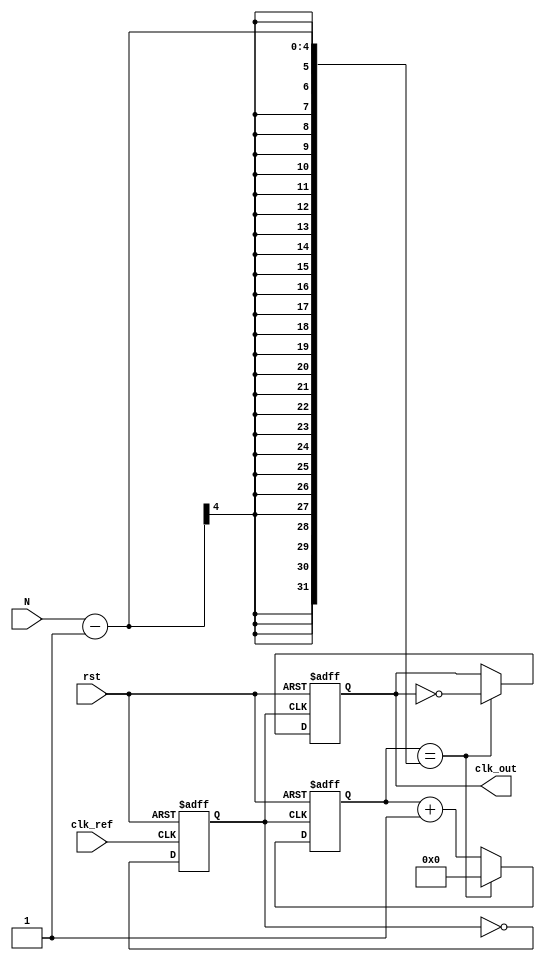
module integer_n_pll (
    input wire clk_ref,          // Reference clock input
    input wire rst,              // Reset signal
    input wire [3:0] N,          // Division factor (programmable)
    output reg clk_out           // Output clock
);

// Internal signals
reg up, down;
reg [7:0] charge_pump_output;  // Control voltage from charge pump
reg [7:0] loop_filter_output;   // Filtered control voltage
reg [7:0] vco_frequency;        // VCO frequency control
reg [3:0] divider_count;        // Divider count
reg [3:0] divider;              // Divider value
reg [7:0] vco_output;           // VCO output clock
reg vco_clk;                    // VCO clock signal

// Phase Frequency Detector (PFD)
always @(posedge clk_ref or posedge rst) begin
    if (rst) begin
        up <= 0;
        down <= 0;
    end else begin
        // PFD logic (simplified)
        if (clk_ref && !vco_clk) begin
            up <= 1;
            down <= 0;
        end else if (!clk_ref && vco_clk) begin
            up <= 0;
            down <= 1;
        end else begin
            up <= 0;
            down <= 0;
        end
    end
end

// Charge Pump (CP)
always @(posedge clk_ref or posedge rst) begin
    if (rst) begin
        charge_pump_output <= 8'b0;
    end else begin
        if (up) begin
            charge_pump_output <= charge_pump_output + 1; // Increase control voltage
        end else if (down) begin
            charge_pump_output <= charge_pump_output - 1; // Decrease control voltage
        end
    end
end

// Loop Filter (LF)
always @(posedge clk_ref or posedge rst) begin
    if (rst) begin
        loop_filter_output <= 8'b0;
    end else begin
        // Simple first-order filter
        loop_filter_output <= (loop_filter_output + charge_pump_output) >> 1; // Averaging
    end
end

// Voltage-Controlled Oscillator (VCO)
always @(posedge clk_ref or posedge rst) begin
    if (rst) begin
        vco_frequency <= 8'b0;
        vco_clk <= 0;
    end else begin
        vco_frequency <= loop_filter_output; // Control frequency based on loop filter output
        // Generate VCO clock based on frequency (simplified)
        vco_clk <= ~vco_clk; // Toggle for demonstration
    end
end

// Divider (N-divider)
always @(posedge vco_clk or posedge rst) begin
    if (rst) begin
        divider_count <= 0;
        clk_out <= 0;
    end else begin
        if (divider_count == (N - 1)) begin
            clk_out <= ~clk_out; // Toggle output clock
            divider_count <= 0;   // Reset counter
        end else begin
            divider_count <= divider_count + 1; // Increment counter
        end
    end
end

endmodule